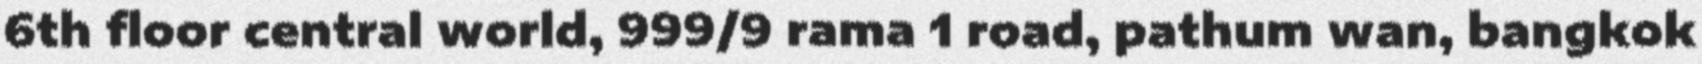
6th floor central world, 999/9 rama 1 road, pathum wan, bangkok